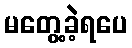
မတွေ့ခဲ့ရပေ